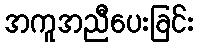
အကူအညီပေးခြင်း